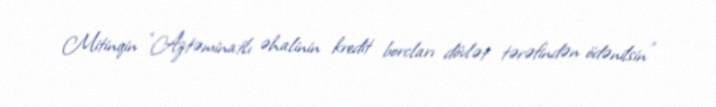
Mitinqin “Aztəminatlı əhalinin kredit borcları dövlət tərəfindən ödənilsin”